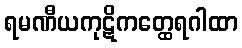
ရမဏီယကုဋိကတ္ထေရဂါထာ